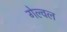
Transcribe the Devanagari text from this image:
गेल्वल